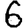
Digit: 6